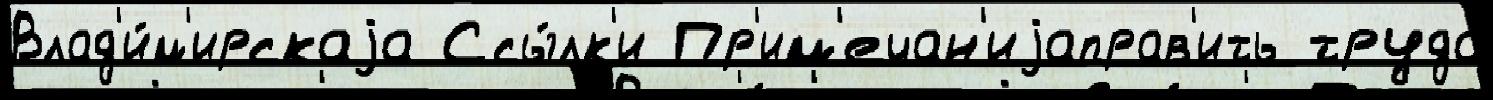
Влад'и́м'ирскаjа Ссы́лк'и Пр'им'ечан'иjаправ'ить труда́